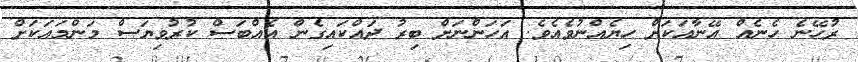
ރުހޭނެ ހެނެއް އޭނާއަކަށް ހިޔެއްނުވެއެވެ. އަހަންނަށް ބިރު ދައްކައިގެން އެއްބަސް ކުރުވިޔަސް މަންމައަކަށް